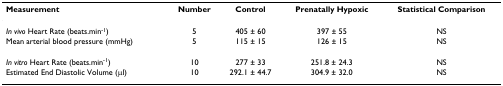
<table><thead><tr><td><b>Measurement</b></td><td><b>Number</b></td><td><b>Control</b></td><td><b>Prenatally Hypoxic</b></td><td><b>Statistical Comparison</b></td></tr></thead><tbody><tr><td><i>In vivo </i>Heart Rate (beats.min<sup>-1</sup>)</td><td>5</td><td>405 ± 60</td><td>397 ± 55</td><td>NS</td></tr><tr><td>Mean arterial blood pressure (mmHg)</td><td>5</td><td>115 ± 15</td><td>126 ± 15</td><td>NS</td></tr><tr><td><i>In vitro </i>Heart Rate (beats.min<sup>-1</sup>)</td><td>10</td><td>277 ± 33</td><td>251.8 ± 24.3</td><td>NS</td></tr><tr><td>Estimated End Diastolic Volume (μl)</td><td>10</td><td>292.1 ± 44.7</td><td>304.9 ± 32.0</td><td>NS</td></tr></tbody></table>